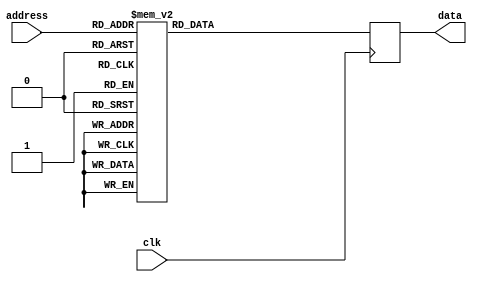

module crc8_lookup_table (
	input  wire       clk,
	input  wire [7:0] address,
	output reg  [7:0] data
);

	always @(posedge clk) begin
		case (address)
			8'b0000_0000: begin data <= 8'h00; end
			8'b0000_0001: begin data <= 8'h07; end
			8'b0000_0010: begin data <= 8'h0E; end
			8'b0000_0011: begin data <= 8'h09; end
			8'b0000_0100: begin data <= 8'h1C; end
			8'b0000_0101: begin data <= 8'h1B; end
			8'b0000_0110: begin data <= 8'h12; end
			8'b0000_0111: begin data <= 8'h15; end
			8'b0000_1000: begin data <= 8'h38; end
			8'b0000_1001: begin data <= 8'h3F; end
			8'b0000_1010: begin data <= 8'h36; end
			8'b0000_1011: begin data <= 8'h31; end
			8'b0000_1100: begin data <= 8'h24; end
			8'b0000_1101: begin data <= 8'h23; end
			8'b0000_1110: begin data <= 8'h2A; end
			8'b0000_1111: begin data <= 8'h2D; end
			8'b0001_0000: begin data <= 8'h70; end
			8'b0001_0001: begin data <= 8'h77; end
			8'b0001_0010: begin data <= 8'h7E; end
			8'b0001_0011: begin data <= 8'h79; end
			8'b0001_0100: begin data <= 8'h6C; end
			8'b0001_0101: begin data <= 8'h6B; end
			8'b0001_0110: begin data <= 8'h62; end
			8'b0001_0111: begin data <= 8'h65; end
			8'b0001_1000: begin data <= 8'h48; end
			8'b0001_1001: begin data <= 8'h4F; end
			8'b0001_1010: begin data <= 8'h46; end
			8'b0001_1011: begin data <= 8'h41; end
			8'b0001_1100: begin data <= 8'h54; end
			8'b0001_1101: begin data <= 8'h53; end
			8'b0001_1110: begin data <= 8'h5A; end
			8'b0001_1111: begin data <= 8'h5D; end
			8'b0010_0000: begin data <= 8'hE0; end
			8'b0010_0001: begin data <= 8'hE7; end
			8'b0010_0010: begin data <= 8'hEE; end
			8'b0010_0011: begin data <= 8'hE9; end
			8'b0010_0100: begin data <= 8'hFC; end
			8'b0010_0101: begin data <= 8'hFB; end
			8'b0010_0110: begin data <= 8'hF2; end
			8'b0010_0111: begin data <= 8'hF5; end
			8'b0010_1000: begin data <= 8'hD8; end
			8'b0010_1001: begin data <= 8'hDF; end
			8'b0010_1010: begin data <= 8'hD6; end
			8'b0010_1011: begin data <= 8'hD1; end
			8'b0010_1100: begin data <= 8'hC4; end
			8'b0010_1101: begin data <= 8'hC3; end
			8'b0010_1110: begin data <= 8'hCA; end
			8'b0010_1111: begin data <= 8'hCD; end
			8'b0011_0000: begin data <= 8'h90; end
			8'b0011_0001: begin data <= 8'h97; end
			8'b0011_0010: begin data <= 8'h9E; end
			8'b0011_0011: begin data <= 8'h99; end
			8'b0011_0100: begin data <= 8'h8C; end
			8'b0011_0101: begin data <= 8'h8B; end
			8'b0011_0110: begin data <= 8'h82; end
			8'b0011_0111: begin data <= 8'h85; end
			8'b0011_1000: begin data <= 8'hA8; end
			8'b0011_1001: begin data <= 8'hAF; end
			8'b0011_1010: begin data <= 8'hA6; end
			8'b0011_1011: begin data <= 8'hA1; end
			8'b0011_1100: begin data <= 8'hB4; end
			8'b0011_1101: begin data <= 8'hB3; end
			8'b0011_1110: begin data <= 8'hBA; end
			8'b0011_1111: begin data <= 8'hBD; end
			8'b0100_0000: begin data <= 8'hC7; end
			8'b0100_0001: begin data <= 8'hC0; end
			8'b0100_0010: begin data <= 8'hC9; end
			8'b0100_0011: begin data <= 8'hCE; end
			8'b0100_0100: begin data <= 8'hDB; end
			8'b0100_0101: begin data <= 8'hDC; end
			8'b0100_0110: begin data <= 8'hD5; end
			8'b0100_0111: begin data <= 8'hD2; end
			8'b0100_1000: begin data <= 8'hFF; end
			8'b0100_1001: begin data <= 8'hF8; end
			8'b0100_1010: begin data <= 8'hF1; end
			8'b0100_1011: begin data <= 8'hF6; end
			8'b0100_1100: begin data <= 8'hE3; end
			8'b0100_1101: begin data <= 8'hE4; end
			8'b0100_1110: begin data <= 8'hED; end
			8'b0100_1111: begin data <= 8'hEA; end
			8'b0101_0000: begin data <= 8'hB7; end
			8'b0101_0001: begin data <= 8'hB0; end
			8'b0101_0010: begin data <= 8'hB9; end
			8'b0101_0011: begin data <= 8'hBE; end
			8'b0101_0100: begin data <= 8'hAB; end
			8'b0101_0101: begin data <= 8'hAC; end
			8'b0101_0110: begin data <= 8'hA5; end
			8'b0101_0111: begin data <= 8'hA2; end
			8'b0101_1000: begin data <= 8'h8F; end
			8'b0101_1001: begin data <= 8'h88; end
			8'b0101_1010: begin data <= 8'h81; end
			8'b0101_1011: begin data <= 8'h86; end
			8'b0101_1100: begin data <= 8'h93; end
			8'b0101_1101: begin data <= 8'h94; end
			8'b0101_1110: begin data <= 8'h9D; end
			8'b0101_1111: begin data <= 8'h9A; end
			8'b0110_0000: begin data <= 8'h27; end
			8'b0110_0001: begin data <= 8'h20; end
			8'b0110_0010: begin data <= 8'h29; end
			8'b0110_0011: begin data <= 8'h2E; end
			8'b0110_0100: begin data <= 8'h3B; end
			8'b0110_0101: begin data <= 8'h3C; end
			8'b0110_0110: begin data <= 8'h35; end
			8'b0110_0111: begin data <= 8'h32; end
			8'b0110_1000: begin data <= 8'h1F; end
			8'b0110_1001: begin data <= 8'h18; end
			8'b0110_1010: begin data <= 8'h11; end
			8'b0110_1011: begin data <= 8'h16; end
			8'b0110_1100: begin data <= 8'h03; end
			8'b0110_1101: begin data <= 8'h04; end
			8'b0110_1110: begin data <= 8'h0D; end
			8'b0110_1111: begin data <= 8'h0A; end
			8'b0111_0000: begin data <= 8'h57; end
			8'b0111_0001: begin data <= 8'h50; end
			8'b0111_0010: begin data <= 8'h59; end
			8'b0111_0011: begin data <= 8'h5E; end
			8'b0111_0100: begin data <= 8'h4B; end
			8'b0111_0101: begin data <= 8'h4C; end
			8'b0111_0110: begin data <= 8'h45; end
			8'b0111_0111: begin data <= 8'h42; end
			8'b0111_1000: begin data <= 8'h6F; end
			8'b0111_1001: begin data <= 8'h68; end
			8'b0111_1010: begin data <= 8'h61; end
			8'b0111_1011: begin data <= 8'h66; end
			8'b0111_1100: begin data <= 8'h73; end
			8'b0111_1101: begin data <= 8'h74; end
			8'b0111_1110: begin data <= 8'h7D; end
			8'b0111_1111: begin data <= 8'h7A; end
			8'b1000_0000: begin data <= 8'h89; end
			8'b1000_0001: begin data <= 8'h8E; end
			8'b1000_0010: begin data <= 8'h87; end
			8'b1000_0011: begin data <= 8'h80; end
			8'b1000_0100: begin data <= 8'h95; end
			8'b1000_0101: begin data <= 8'h92; end
			8'b1000_0110: begin data <= 8'h9B; end
			8'b1000_0111: begin data <= 8'h9C; end
			8'b1000_1000: begin data <= 8'hB1; end
			8'b1000_1001: begin data <= 8'hB6; end
			8'b1000_1010: begin data <= 8'hBF; end
			8'b1000_1011: begin data <= 8'hB8; end
			8'b1000_1100: begin data <= 8'hAD; end
			8'b1000_1101: begin data <= 8'hAA; end
			8'b1000_1110: begin data <= 8'hA3; end
			8'b1000_1111: begin data <= 8'hA4; end
			8'b1001_0000: begin data <= 8'hF9; end
			8'b1001_0001: begin data <= 8'hFE; end
			8'b1001_0010: begin data <= 8'hF7; end
			8'b1001_0011: begin data <= 8'hF0; end
			8'b1001_0100: begin data <= 8'hE5; end
			8'b1001_0101: begin data <= 8'hE2; end
			8'b1001_0110: begin data <= 8'hEB; end
			8'b1001_0111: begin data <= 8'hEC; end
			8'b1001_1000: begin data <= 8'hC1; end
			8'b1001_1001: begin data <= 8'hC6; end
			8'b1001_1010: begin data <= 8'hCF; end
			8'b1001_1011: begin data <= 8'hC8; end
			8'b1001_1100: begin data <= 8'hDD; end
			8'b1001_1101: begin data <= 8'hDA; end
			8'b1001_1110: begin data <= 8'hD3; end
			8'b1001_1111: begin data <= 8'hD4; end
			8'b1010_0000: begin data <= 8'h69; end
			8'b1010_0001: begin data <= 8'h6E; end
			8'b1010_0010: begin data <= 8'h67; end
			8'b1010_0011: begin data <= 8'h60; end
			8'b1010_0100: begin data <= 8'h75; end
			8'b1010_0101: begin data <= 8'h72; end
			8'b1010_0110: begin data <= 8'h7B; end
			8'b1010_0111: begin data <= 8'h7C; end
			8'b1010_1000: begin data <= 8'h51; end
			8'b1010_1001: begin data <= 8'h56; end
			8'b1010_1010: begin data <= 8'h5F; end
			8'b1010_1011: begin data <= 8'h58; end
			8'b1010_1100: begin data <= 8'h4D; end
			8'b1010_1101: begin data <= 8'h4A; end
			8'b1010_1110: begin data <= 8'h43; end
			8'b1010_1111: begin data <= 8'h44; end
			8'b1011_0000: begin data <= 8'h19; end
			8'b1011_0001: begin data <= 8'h1E; end
			8'b1011_0010: begin data <= 8'h17; end
			8'b1011_0011: begin data <= 8'h10; end
			8'b1011_0100: begin data <= 8'h05; end
			8'b1011_0101: begin data <= 8'h02; end
			8'b1011_0110: begin data <= 8'h0B; end
			8'b1011_0111: begin data <= 8'h0C; end
			8'b1011_1000: begin data <= 8'h21; end
			8'b1011_1001: begin data <= 8'h26; end
			8'b1011_1010: begin data <= 8'h2F; end
			8'b1011_1011: begin data <= 8'h28; end
			8'b1011_1100: begin data <= 8'h3D; end
			8'b1011_1101: begin data <= 8'h3A; end
			8'b1011_1110: begin data <= 8'h33; end
			8'b1011_1111: begin data <= 8'h34; end
			8'b1100_0000: begin data <= 8'h4E; end
			8'b1100_0001: begin data <= 8'h49; end
			8'b1100_0010: begin data <= 8'h40; end
			8'b1100_0011: begin data <= 8'h47; end
			8'b1100_0100: begin data <= 8'h52; end
			8'b1100_0101: begin data <= 8'h55; end
			8'b1100_0110: begin data <= 8'h5C; end
			8'b1100_0111: begin data <= 8'h5B; end
			8'b1100_1000: begin data <= 8'h76; end
			8'b1100_1001: begin data <= 8'h71; end
			8'b1100_1010: begin data <= 8'h78; end
			8'b1100_1011: begin data <= 8'h7F; end
			8'b1100_1100: begin data <= 8'h6A; end
			8'b1100_1101: begin data <= 8'h6D; end
			8'b1100_1110: begin data <= 8'h64; end
			8'b1100_1111: begin data <= 8'h63; end
			8'b1101_0000: begin data <= 8'h3E; end
			8'b1101_0001: begin data <= 8'h39; end
			8'b1101_0010: begin data <= 8'h30; end
			8'b1101_0011: begin data <= 8'h37; end
			8'b1101_0100: begin data <= 8'h22; end
			8'b1101_0101: begin data <= 8'h25; end
			8'b1101_0110: begin data <= 8'h2C; end
			8'b1101_0111: begin data <= 8'h2B; end
			8'b1101_1000: begin data <= 8'h06; end
			8'b1101_1001: begin data <= 8'h01; end
			8'b1101_1010: begin data <= 8'h08; end
			8'b1101_1011: begin data <= 8'h0F; end
			8'b1101_1100: begin data <= 8'h1A; end
			8'b1101_1101: begin data <= 8'h1D; end
			8'b1101_1110: begin data <= 8'h14; end
			8'b1101_1111: begin data <= 8'h13; end
			8'b1110_0000: begin data <= 8'hAE; end
			8'b1110_0001: begin data <= 8'hA9; end
			8'b1110_0010: begin data <= 8'hA0; end
			8'b1110_0011: begin data <= 8'hA7; end
			8'b1110_0100: begin data <= 8'hB2; end
			8'b1110_0101: begin data <= 8'hB5; end
			8'b1110_0110: begin data <= 8'hBC; end
			8'b1110_0111: begin data <= 8'hBB; end
			8'b1110_1000: begin data <= 8'h96; end
			8'b1110_1001: begin data <= 8'h91; end
			8'b1110_1010: begin data <= 8'h98; end
			8'b1110_1011: begin data <= 8'h9F; end
			8'b1110_1100: begin data <= 8'h8A; end
			8'b1110_1101: begin data <= 8'h8D; end
			8'b1110_1110: begin data <= 8'h84; end
			8'b1110_1111: begin data <= 8'h83; end
			8'b1111_0000: begin data <= 8'hDE; end
			8'b1111_0001: begin data <= 8'hD9; end
			8'b1111_0010: begin data <= 8'hD0; end
			8'b1111_0011: begin data <= 8'hD7; end
			8'b1111_0100: begin data <= 8'hC2; end
			8'b1111_0101: begin data <= 8'hC5; end
			8'b1111_0110: begin data <= 8'hCC; end
			8'b1111_0111: begin data <= 8'hCB; end
			8'b1111_1000: begin data <= 8'hE6; end
			8'b1111_1001: begin data <= 8'hE1; end
			8'b1111_1010: begin data <= 8'hE8; end
			8'b1111_1011: begin data <= 8'hEF; end
			8'b1111_1100: begin data <= 8'hFA; end
			8'b1111_1101: begin data <= 8'hFD; end
			8'b1111_1110: begin data <= 8'hF4; end
			8'b1111_1111: begin data <= 8'hF3; end
			
			default: data <= 8'bx;
		endcase
	end

endmodule